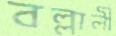
বল্লালী